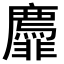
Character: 𬰟